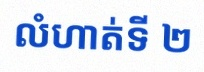
លំហាត់ទី ២